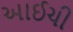
આઈચી